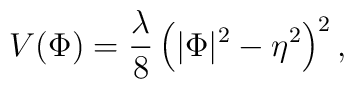
V(\Phi)=\frac{\lambda}{8}\left(\vert\Phi\vert^2-\eta^2\right)^2,